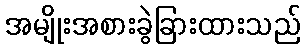
အမျိုးအစားခွဲခြားထားသည်